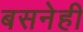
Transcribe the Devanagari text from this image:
बसनेही